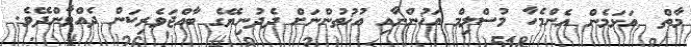
މާތް  އަޅަމެން އެންމެހާ މުސްލިމް އަޚުންނާއި އުޚުތުންނަށް ދެދުނިޔޭގެ ބާއްޖަވެރިކަން ދެއްވާންދޭވެ.